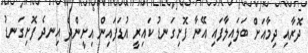
ދޮރާއި ދިމާއަށް ބަލައިލާފައި އޭނާ ފޮށިގަނޑު ކައިރީ އުޑަފައިން އިށީންދެ އިނދެ ފޮށިގަނޑު